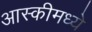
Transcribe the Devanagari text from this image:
आस्कीमध्ये